Indian journal of veterinary science and animal husbandry - Volume 9,
Year: 1939
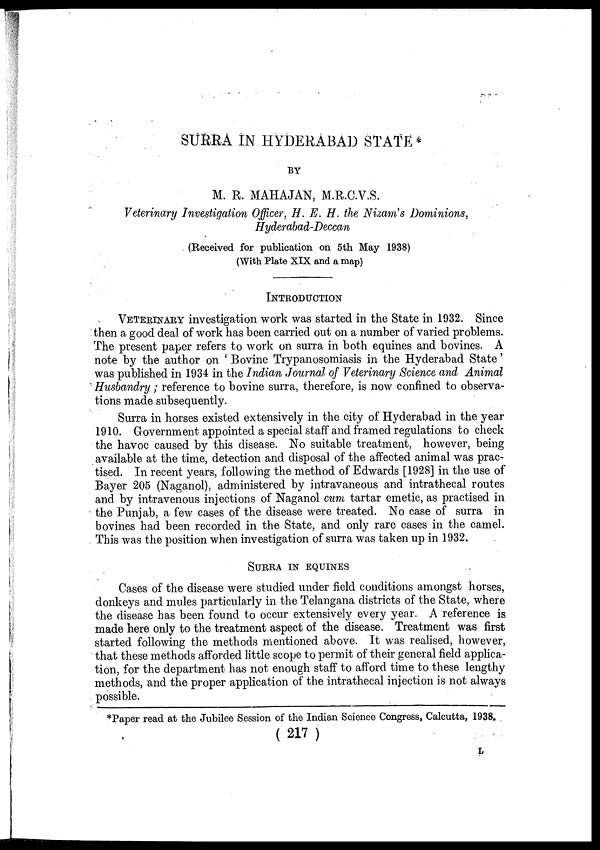
SURRA IN HYDERABAD STATE *
BY
M. R. MAHAJAN, M.R.C.V.S.
Veterinary Investigation Officer, H. E. H. the Nizam.s Dominions.
Hyderabad-Deccan
(Received for publication on 5th May 1938)
(With Plate XIX and a map)
INTRODUCTION
VETERINARY investigation work was started in the State in 1932. Since
then a good deal of work has been carried out on a number of varied problems.
The present paper refers to work on surra in both equines and bovines. A
note by the author on ' Bovine Trypanosomiasis in the Hyderabad State'
was published in 1934 in the Indian Journal of Veterinary Science and Animal
Husbandry; reference to bovine surra, therefore, is now confined to observa-
tions made subsequently.
Surra in horses existed extensively in the city of Hyderabad in the year
1910. Government appointed a special staff and framed regulations to check
the havoc caused by this disease. No suitable treatment, however, being
available at the time, detection and disposal of the affected animal was prac-
tised. In recent years, following the method of Edwards [1928] in the use of
Bayer 205 (Naganol), administered by intravaneous and intrathecal routes
and by intravenous injections of Naganol cum tartar emetic, as practised in
the Punjab, a few cases of the disease were treated. No case of surra in
bovines had been recorded in the State, and only rare cases in the camel.
This was the position when investigation of surra was taken up in 1932.
SURRA IN EQUINES
Cases of the disease were studied under field conditions amongst horses,
donkeys and mules particularly in the Telangana districts of the State, where
the disease has been found to occur extensively every year. A reference is
made here only to the treatment aspect of the disease. Treatment was first
started following the methods mentioned above. It was realised, however,
that these methods afforded little scope to permit of their general field applica-
tion, for the department has not enough staff to afford time to these lengthy
methods, and the proper application of the intrathecal injection is not always
possible.
*Paper read at the Jubilee Session of the Indian Science Congress, Calcutta, 1938.
( 217 )
L